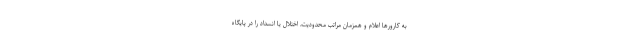
به کارورها اعلام و همزمان مراتب محدودیت، اختلال یا انسداد را در پایگاه